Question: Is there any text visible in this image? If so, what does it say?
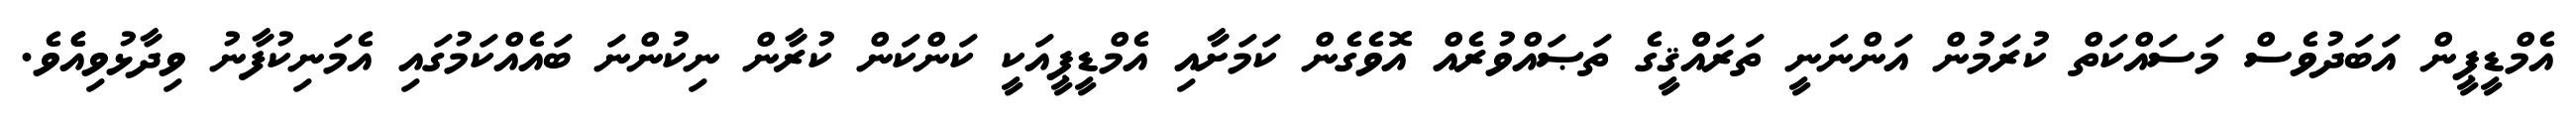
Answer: އެމްޑީޕީން އަބަދުވެސް މަސައްކަތް ކުރަމުން އަންނަނީ ތަރައްްޤީގެ ތަޞައްވުރެއް އޮވެގެން ކަމަށާއި އެމްޑީޕީއަކީ ކަންކަން ކުރާން ނިކުންނަ ބައެއްކަމުގައި އެމަނިކުފާނު ވިދާޅުވިއެެވެ.